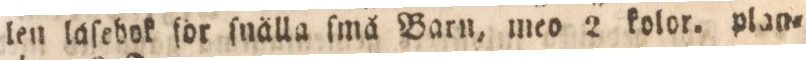
len läſebok för ſnälla ſmå Barn, meo 2 kolor. plan=